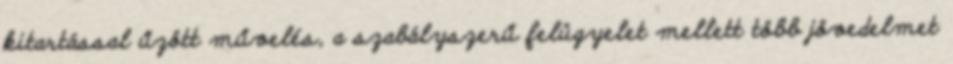
kitartással űzött művelés, a szabályszerű felügyelet mellett több jövedelmet